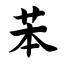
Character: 苯